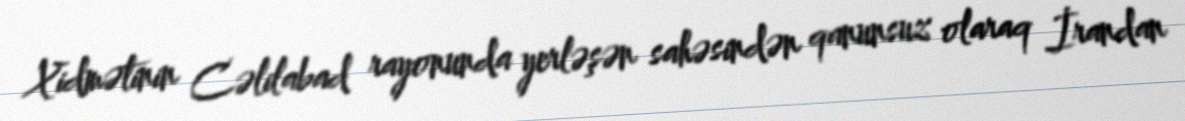
Xidmətinin Cəlilabad rayonunda yerləşən sahəsindən qanunsuz olaraq İrandan